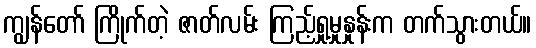
ကျွန်တော် ကြိုက်တဲ့ ဇာတ်လမ်း ကြည့်ရှု့မှုနှုန်းက တက်သွားတယ်။